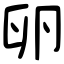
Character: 卵